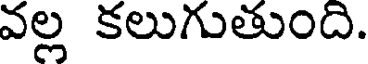
వల్ల కలుగుతుంది.